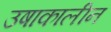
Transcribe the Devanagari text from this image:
उषाकालीन